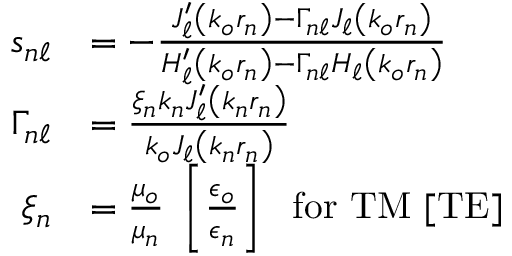
\begin{array} { r l } { s _ { n \ell } } & { = - \frac { J _ { \ell } ^ { \prime } \left( k _ { o } r _ { n } \right) - \Gamma _ { n \ell } J _ { \ell } \left( k _ { o } r _ { n } \right) } { H _ { \ell } ^ { \prime } \left( k _ { o } r _ { n } \right) - \Gamma _ { n \ell } H _ { \ell } \left( k _ { o } r _ { n } \right) } } \\ { \Gamma _ { n \ell } } & { = \frac { \xi _ { n } k _ { n } J _ { \ell } ^ { \prime } \left( k _ { n } r _ { n } \right) } { k _ { o } J _ { \ell } \left( k _ { n } r _ { n } \right) } } \\ { \xi _ { n } } & { = \frac { \mu _ { o } } { \mu _ { n } } ~ \left[ \frac { \epsilon _ { o } } { \epsilon _ { n } } \right] ~ \mathrm { ~ f o r ~ } \mathrm { T M } ~ [ \mathrm { T E } ] } \end{array}